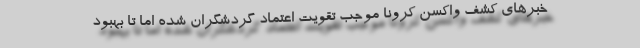
خبرهای کشف واکسن کرونا موجب تقویت اعتماد گردشگران شده اما تا بهبود